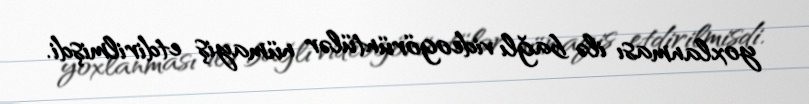
yoxlanması ilə bağlı videogörüntülər nümayiş etdirilmişdi.